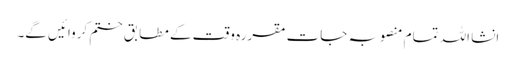
انشا اللہ تمام منصوبہ جات مقررہ وقت کے مطابق ختم کروائیں گے۔